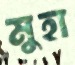
মুহা